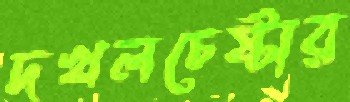
দখলচেষ্টার